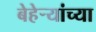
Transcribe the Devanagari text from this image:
बेहेर्‍यांच्या